Annual returns of the Patna Lunatic Asylum at Bankipore in Bihar and Orissa - 1912-1924
Year: 1912
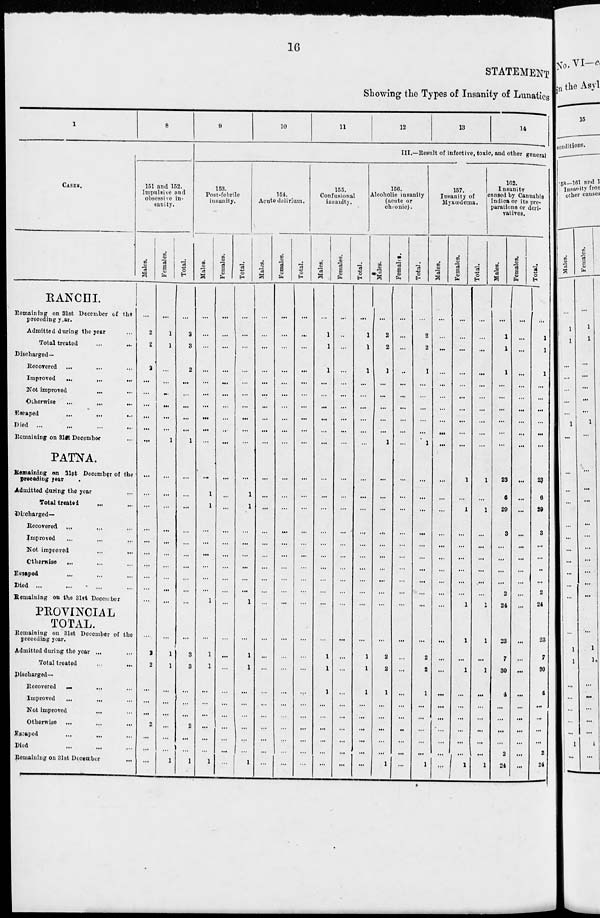
16
STATEMENT
Showing the Types of Insanity of Lunatics
1
CASES.
RANCHI.
Remaining on 31st December of the
preceding year.
Admitted during the year ...
Total treated ... ...
Discharged—
Recovered ... ... ...
Improved
... ... ...
Not improved ... ...
Otherwise
...
... ...
Escaped ... ... ...
Died ... ... ... ...
Remaining on 31st December ...
PATNA.
Remaining on 31st December of the
preceding year
Admitted during the year ...
Total treated ... ...
Discharged—
Recovered ... ... ...
Improved ... ... ...
Not improved ... ...
Otherwise
... ... ...
Escaped ... ... ...
Died ... ... ... ...
Remaining on the 31st December
PROVINCIAL
TOTAL.
Remaining on 31st December of the
preceding year.
Admitted during the year ... ...
Total treated ... ...
Discharged—
Recovered ... ... ...
Improved
... ... ...
Not improved ... ...
Otherwise ... ... ...
Escaped ... ... ...
Died ... ... ...
Remaining on 31st December ...
8
151 and 152.
Impulsive and
obsessive in-
sanity.
Males.
...
2
2
2
...
...
...
...
...
...
...
...
...
...
...
...
...
...
...
...
...
2
2
...
...
...
2
...
...
...
Females.
...
1
1
...
...
...
...
...
...
1
...
...
...
...
...
...
...
...
...
...
...
1
1
...
...
...
...
...
...
1
Total.
...
3
3
2
...
...
...
...
...
1
...
...
...
...
...
...
...
...
...
...
...
3
3
...
...
...
2
...
...
1
9
10
11
12
13
14
III.—Result of infective, toxic, and other general
153.
Post-febrile
insanity.
Males.
...
...
...
...
...
...
...
...
...
...
...
1
1
...
...
...
...
...
...
1
...
1
1
...
...
...
...
...
...
1
Females.
...
...
...
...
...
...
...
...
...
...
...
...
...
...
...
...
...
...
...
...
...
...
...
...
...
...
...
...
...
...
Total.
...
...
...
...
...
...
...
...
...
...
...
1
1
...
...
...
...
...
...
1
...
1
1
...
...
...
...
...
...
1
154.
Acute delirium.
Males.
...
...
...
...
...
...
...
...
...
...
...
...
...
...
...
...
...
...
...
...
...
...
...
...
...
...
...
...
...
...
Females.
...
...
...
...
...
...
...
...
...
...
...
...
...
...
...
...
...
...
...
...
...
...
...
...
...
...
...
...
...
...
Total.
...
...
...
...
...
...
...
...
...
...
...
...
...
...
...
...
...
...
...
...
...
...
...
...
...
...
...
...
...
...
Confusional
insanity.
Males.
...
1
1
1
...
...
...
...
...
...
...
...
...
...
...
...
...
...
...
...
...
1
1
1
...
...
...
...
...
...
Females.
...
...
...
...
...
...
...
...
...
...
...
...
...
...
...
...
...
...
...
...
...
...
...
...
...
...
...
...
...
...
Total.
...
1
1
1
...
...
...
...
...
...
...
...
...
...
...
...
...
...
...
...
...
1
1
1
...
...
...
...
...
...
156.
Alcoholic insanity
(acute or
chronic).
Males.
...
2
2
1
...
...
...
...
...
1
...
...
...
...
...
...
...
...
...
...
...
2
2
1
...
...
...
...
...
1
Females.
...
...
...
...
...
...
...
...
...
...
...
...
...
...
...
...
...
...
...
...
...
...
...
...
...
...
...
...
...
...
Total.
...
2
2
1
...
...
...
...
...
1
...
...
...
...
...
...
...
...
...
...
...
2
2
1
...
...
...
...
...
1
157.
Insanity of
Myxœdema.
Males.
...
...
...
...
...
...
...
...
...
...
...
...
...
...
...
...
...
...
...
...
...
...
...
...
...
...
...
...
...
...
Females.
...
...
...
...
...
...
...
...
...
...
1
...
1
...
...
...
...
...
...
1
1
...
1
...
...
...
...
...
...
1
Total.
...
...
...
...
...
...
...
...
...
...
1
...
1
...
...
...
...
...
...
1
1
...
1
...
...
...
...
...
...
1
162.
Insanity
caused by Cannabis
Indica or its pre-
parations or deri-
vatives.
Males.
...
1
1
1
...
...
...
...
...
...
23
6
29
3
...
...
...
...
2
24
23
7
30
4
...
...
...
...
2
24
Females.
...
...
...
...
...
...
...
...
...
...
...
...
...
...
...
...
...
...
...
...
...
...
...
...
...
...
...
...
...
...
Total.
...
1
1
1
...
...
...
...
...
...
23
6
29
3
...
...
...
...
2
24
23
7
30
4
...
...
...
...
2
24